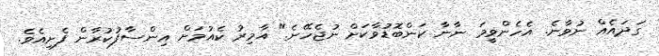
ގަދައެއް ނުވާނެ. އެހެންވީމަ ނާނާ ކަންބޮޑުވާކަށް ނުޖެހޭނެ." އާމިރު ކެއުމަށް އިންސާފުކުރާން ފެށިއެވެ.